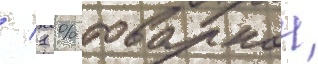
/ 1 % товарнои